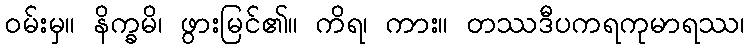
ဝမ်းမှ။ နိက္ခမိ၊ ဖွားမြင်၏။ ကိရ၊ ကား။ တဿဒီပကရကုမာရဿ၊